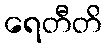
ရေတီတိ